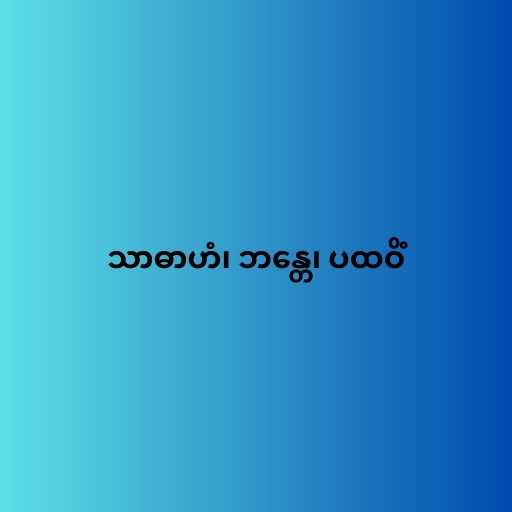
သာဓာဟံ၊ ဘန္တေ၊ ပထဝိံ